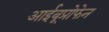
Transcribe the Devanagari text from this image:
आईबूप्रोफेन